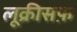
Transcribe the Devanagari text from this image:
लूक्रीसफ़